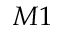
M 1